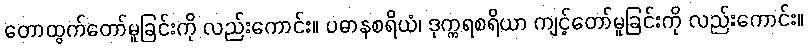
တောထွက်တော်မူခြင်းကို လည်းကောင်း။ ပဓာနစရိယံ၊ ဒုက္ကရစရိယာ ကျင့်တော်မူခြင်းကို လည်းကောင်း။